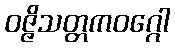
ဝဇ္ဇိသတ္တကဝဂ္ဂေါ